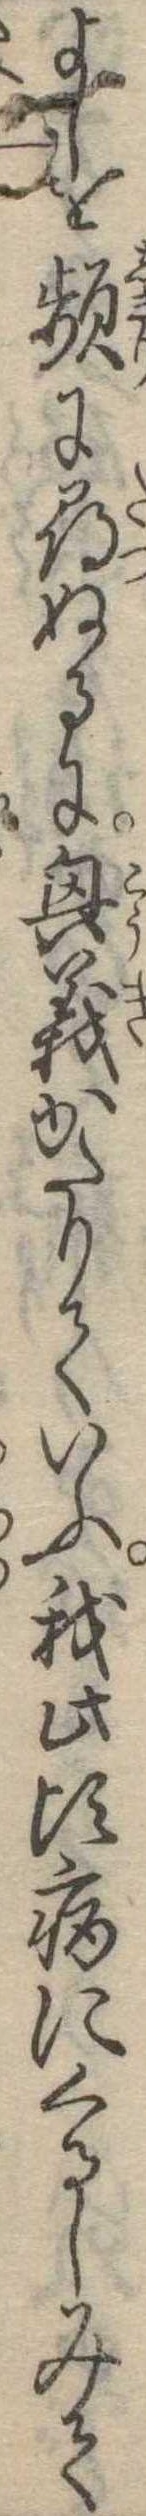
よしを頻に尋ぬるに興義かたりていふ我此頃病にくるしみて